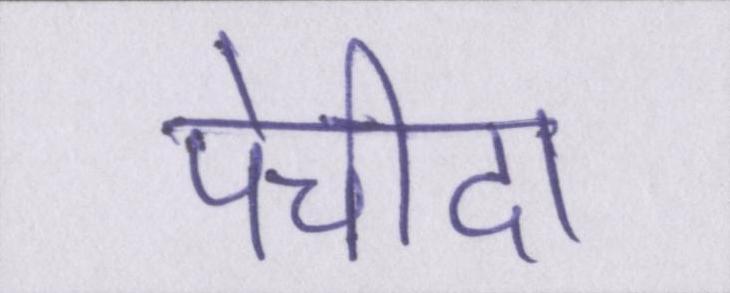
पेचीदा